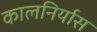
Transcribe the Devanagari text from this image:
कालनिर्यास